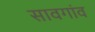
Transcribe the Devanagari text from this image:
सावगांव